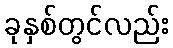
ခုနှစ်တွင်လည်း